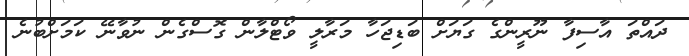
ދައްތަ އާސިފާ ނޫރީންގެ ގަޔަށް ބަޑިޖަހާ މަރާލީ ވޯޓްލާން ގޮސްގެން ނުވާނޭ ކަމަށްބުނެ